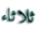
ثلاثاء